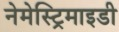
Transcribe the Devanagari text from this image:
नेमेस्ट्रिमाइडी